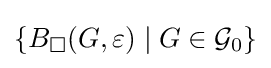
\{B_{\square }(G,\varepsilon )\mid G\in {\mathcal {G}}_{0}\}